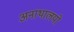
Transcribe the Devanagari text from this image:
अनाथालयो